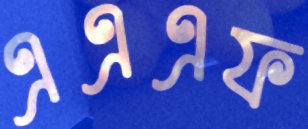
এএএফ